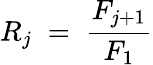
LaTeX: R_{j}\; =\; \frac{F_{j+1}}{F_{1}}